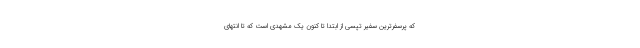
که پرسفرترین سفیر تپسی از ابتدا تا کنون یک مشهدی است که تا انتهای